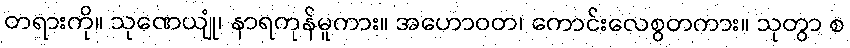
တရားကို။ သုဏေယျုံ၊ နာရကုန်မူကား။ အဟောဝတ၊ ကောင်းလေစွတကား။ သုတွာ စ